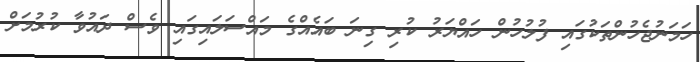
ހަމަނުޖެހުންތަކުގައި ފުލުހުން ހައްޔަރު ކުރި ގިނަ ބައެއްގެ މައްސަލައިގައި ވެސް ދައުވާ ކުރުމަށް